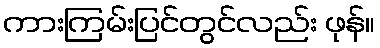
ကားကြမ်းပြင်တွင်လည်း ဖုန်။